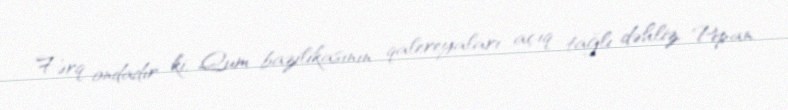
Fərq ondadır ki, Qum bazilikasının qalereyaları açıq tağlı dəhliz, Pipan